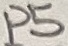
Text: P5